Annual administration report of the Civil Veterinary Department of India - 1892-1893
Year: 1892
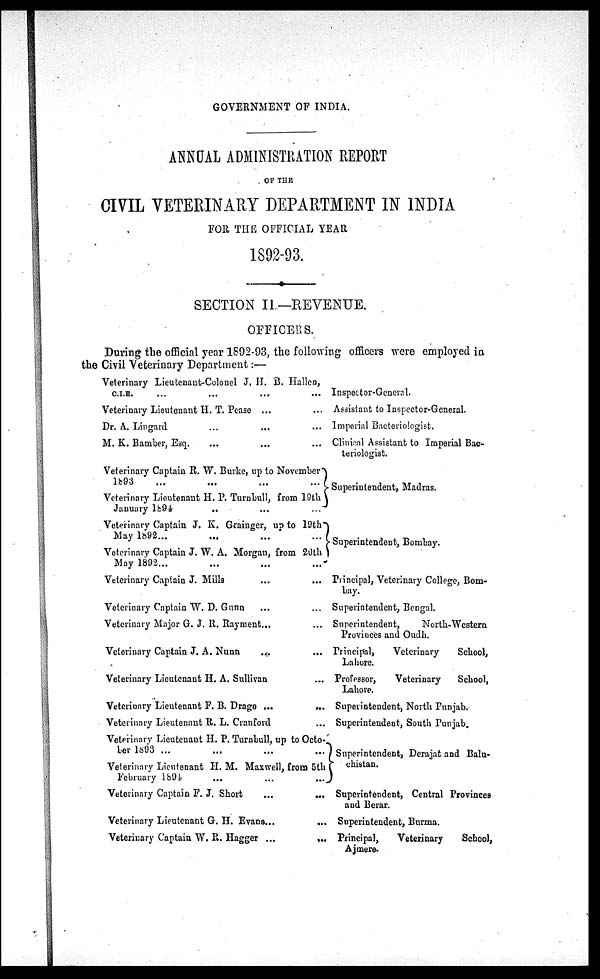
GOVERNMENT OF INDIA.
ANNUAL ADMINISTRATION REPORT
OF THE
CIVIL VETERINARY DEPARTMENT IN INDIA
FOR THE OFFICIAL YEAR
1892-93.
SECTION II.—REVENUE.
OFFICERS.
During the official year 1892-93, the following officers were employed in
the Civil Veterinary Department:—
Veterinary Lieutenant-Colonel J. H. B. Hallen,
C.I.E. ... ... ... ...
Veterinary Lieutenant H. T. Pease ... ...
Dr. A. Lingard ... ... ...
M. K. Bamber, Esq. ... ... ...
Veterinary Captain R. W. Burke, up to November
1893
...
...
...
...
Veterinary Lieutenant H. P. Turnbull, from 19th
January 1894
...
...
...
Veterinary Captain J. K. Grainger, up to 19th
May 1892... ... ... ...
Veterinary Captain J. W. A. Morgan, from 20th
May 1892 ... ... ... ...
Veterinary Captain J. Mills ... ...
Veterinary Captain W. D. Gunn ... ...
Veterinary Major G. J. R. Rayment... ...
Veterinary Captain J. A. Nunn ... ...
Veterinary Lieutenant H. A. Sullivan ...
Veterinary Lieutenant F. B. Drage ...
...
Veterinary Lieutenant R. L. Cranford ...
Veterinary Lieutenant H. P. Turnbull, up to Octo-
ber 1893 ... ... ... ...
Veterinary Lieutenant H. M. Maxwell, from 5th
February 1894 ... ... ...
Veterinary Captain F. J. Short ... ...
Veterinary Lieutenant G. H. Evans... ...
Veterinary Captain W. R. Hagger ...
...
Inspector-General.
Assistant to Inspector-General.
Imperial Bacteriologist.
Clinical Assistant to Imperial Bac-
teriologist.
Superintendent, Madras.
Superintendent, Bombay.
Principal, Veterinary College, Bom-
bay.
Superintendent, Bengal.
Superintendent,
North-Western
Provinces and Oudh.
Principal,
Veterinary
School,
Lahore.
Professor,
Veterinary
School,
Lahore.
Superintendent, North Punjab.
Superintendent, South Punjab.
Superintendent, Derajat and Balu-
chistan.
Superintendent, Central Provinces
and Berar.
Superintendent, Burma.
Principal,
Veterinary
School,
Ajmere.